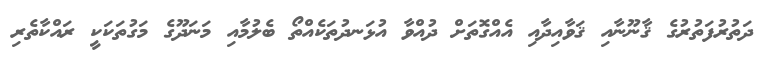
ދަތުރުފަތުރުގެ ޤާނޫނާއި ޤަވާއިދާއި އެއްގޮތަށް ދުއްވާ އުޅަނދުތަކެއްތޯ ބެލުމާއި މަނަދޫގެ މަގުތަކަކީ ރައްކާތެރި